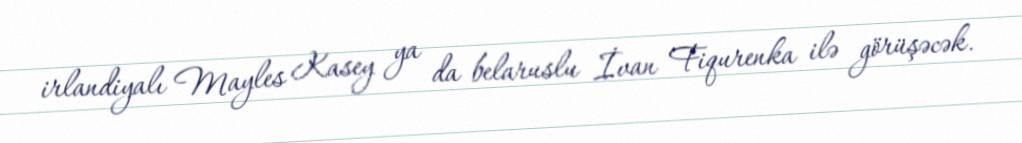
irlandiyalı Mayles Kasey ya da belaruslu İvan Fiqurenka ilə görüşəcək.